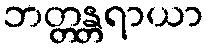
ဘတ္တန္တရာယာ